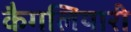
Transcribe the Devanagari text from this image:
कैगलियारी